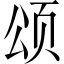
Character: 颂